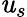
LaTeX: \mathit{u}_{s}